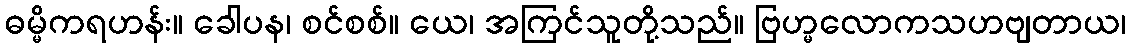
ဓမ္မိကရဟန်း။ ခေါပန၊ စင်စစ်။ ယေ၊ အကြင်သူတို့သည်။ ဗြဟ္မလောကသဟဗျတာယ၊